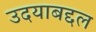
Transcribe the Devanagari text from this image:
उदयाबद्दल